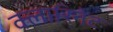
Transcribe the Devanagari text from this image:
क्लारिनेट